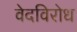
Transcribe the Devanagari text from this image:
वेदविरोध